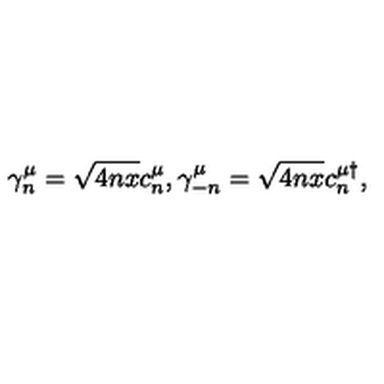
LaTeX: \gamma _ { n } ^ { \mu } = \sqrt { 4 n x } c _ { n } ^ { \mu } , \gamma _ { - n } ^ { \mu } = \sqrt { 4 n x } c _ { n } ^ { \mu \dagger } ,